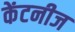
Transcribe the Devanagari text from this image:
केंटनीज